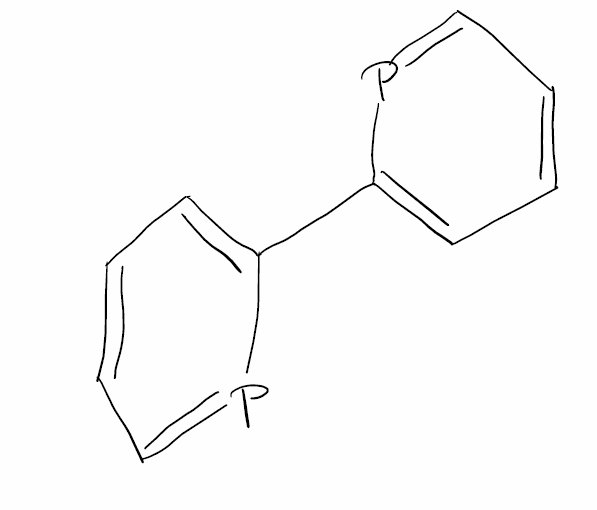
Simplified molecular-input line-entry system (SMILES) notation of the given molecule:
C1=CC=PC(=C1)C2=CC=CC=P2